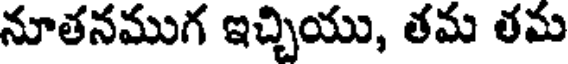
నూతనముగ ఇచ్చియు, తమ తమ